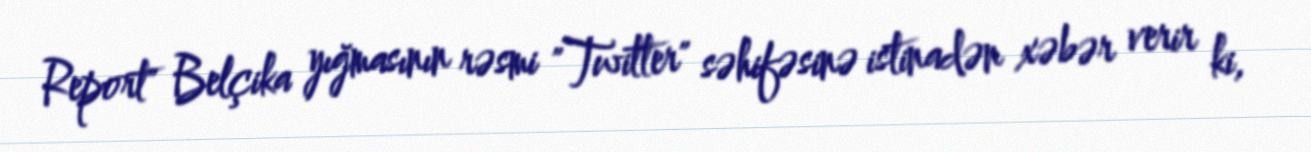
Report" Belçika yığmasının rəsmi "Twitter" səhifəsinə istinadən xəbər verir ki,